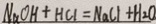
N a O H + H C l = N a C l + H _ { 2 } O